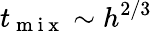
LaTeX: t_{\mathrm{~m~i~x~}}\sim h^{2/3}